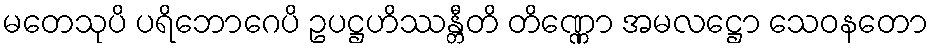
မတေသုပိ ပရိဘောဂေပိ ဥပဋ္ဌဟိဿန္တီတိ တိဏ္ဏော အမလဋ္ဌော သေဝနတော